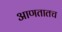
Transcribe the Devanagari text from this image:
आणतातच